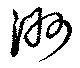
洲